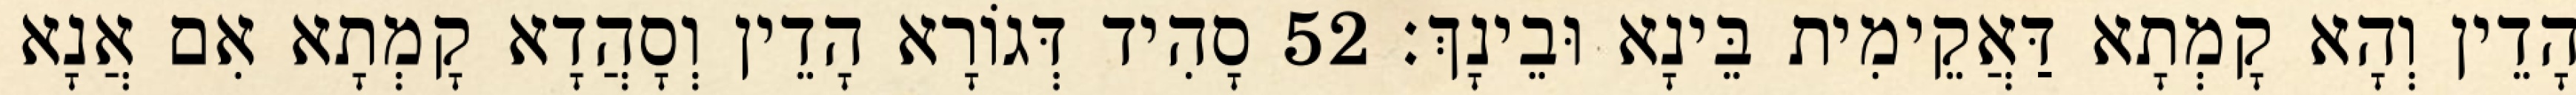
הָדֵין וְהָא קָמְתָא דַּאֲקֵימִית בֵּינָא וּבֵינָךְ׃ 52 סָהִיד דְּגוֹרָא הָדֵין וְסָהֲדָא קָמְתָא אִם אֲנָא